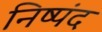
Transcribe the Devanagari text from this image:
निष्पंद